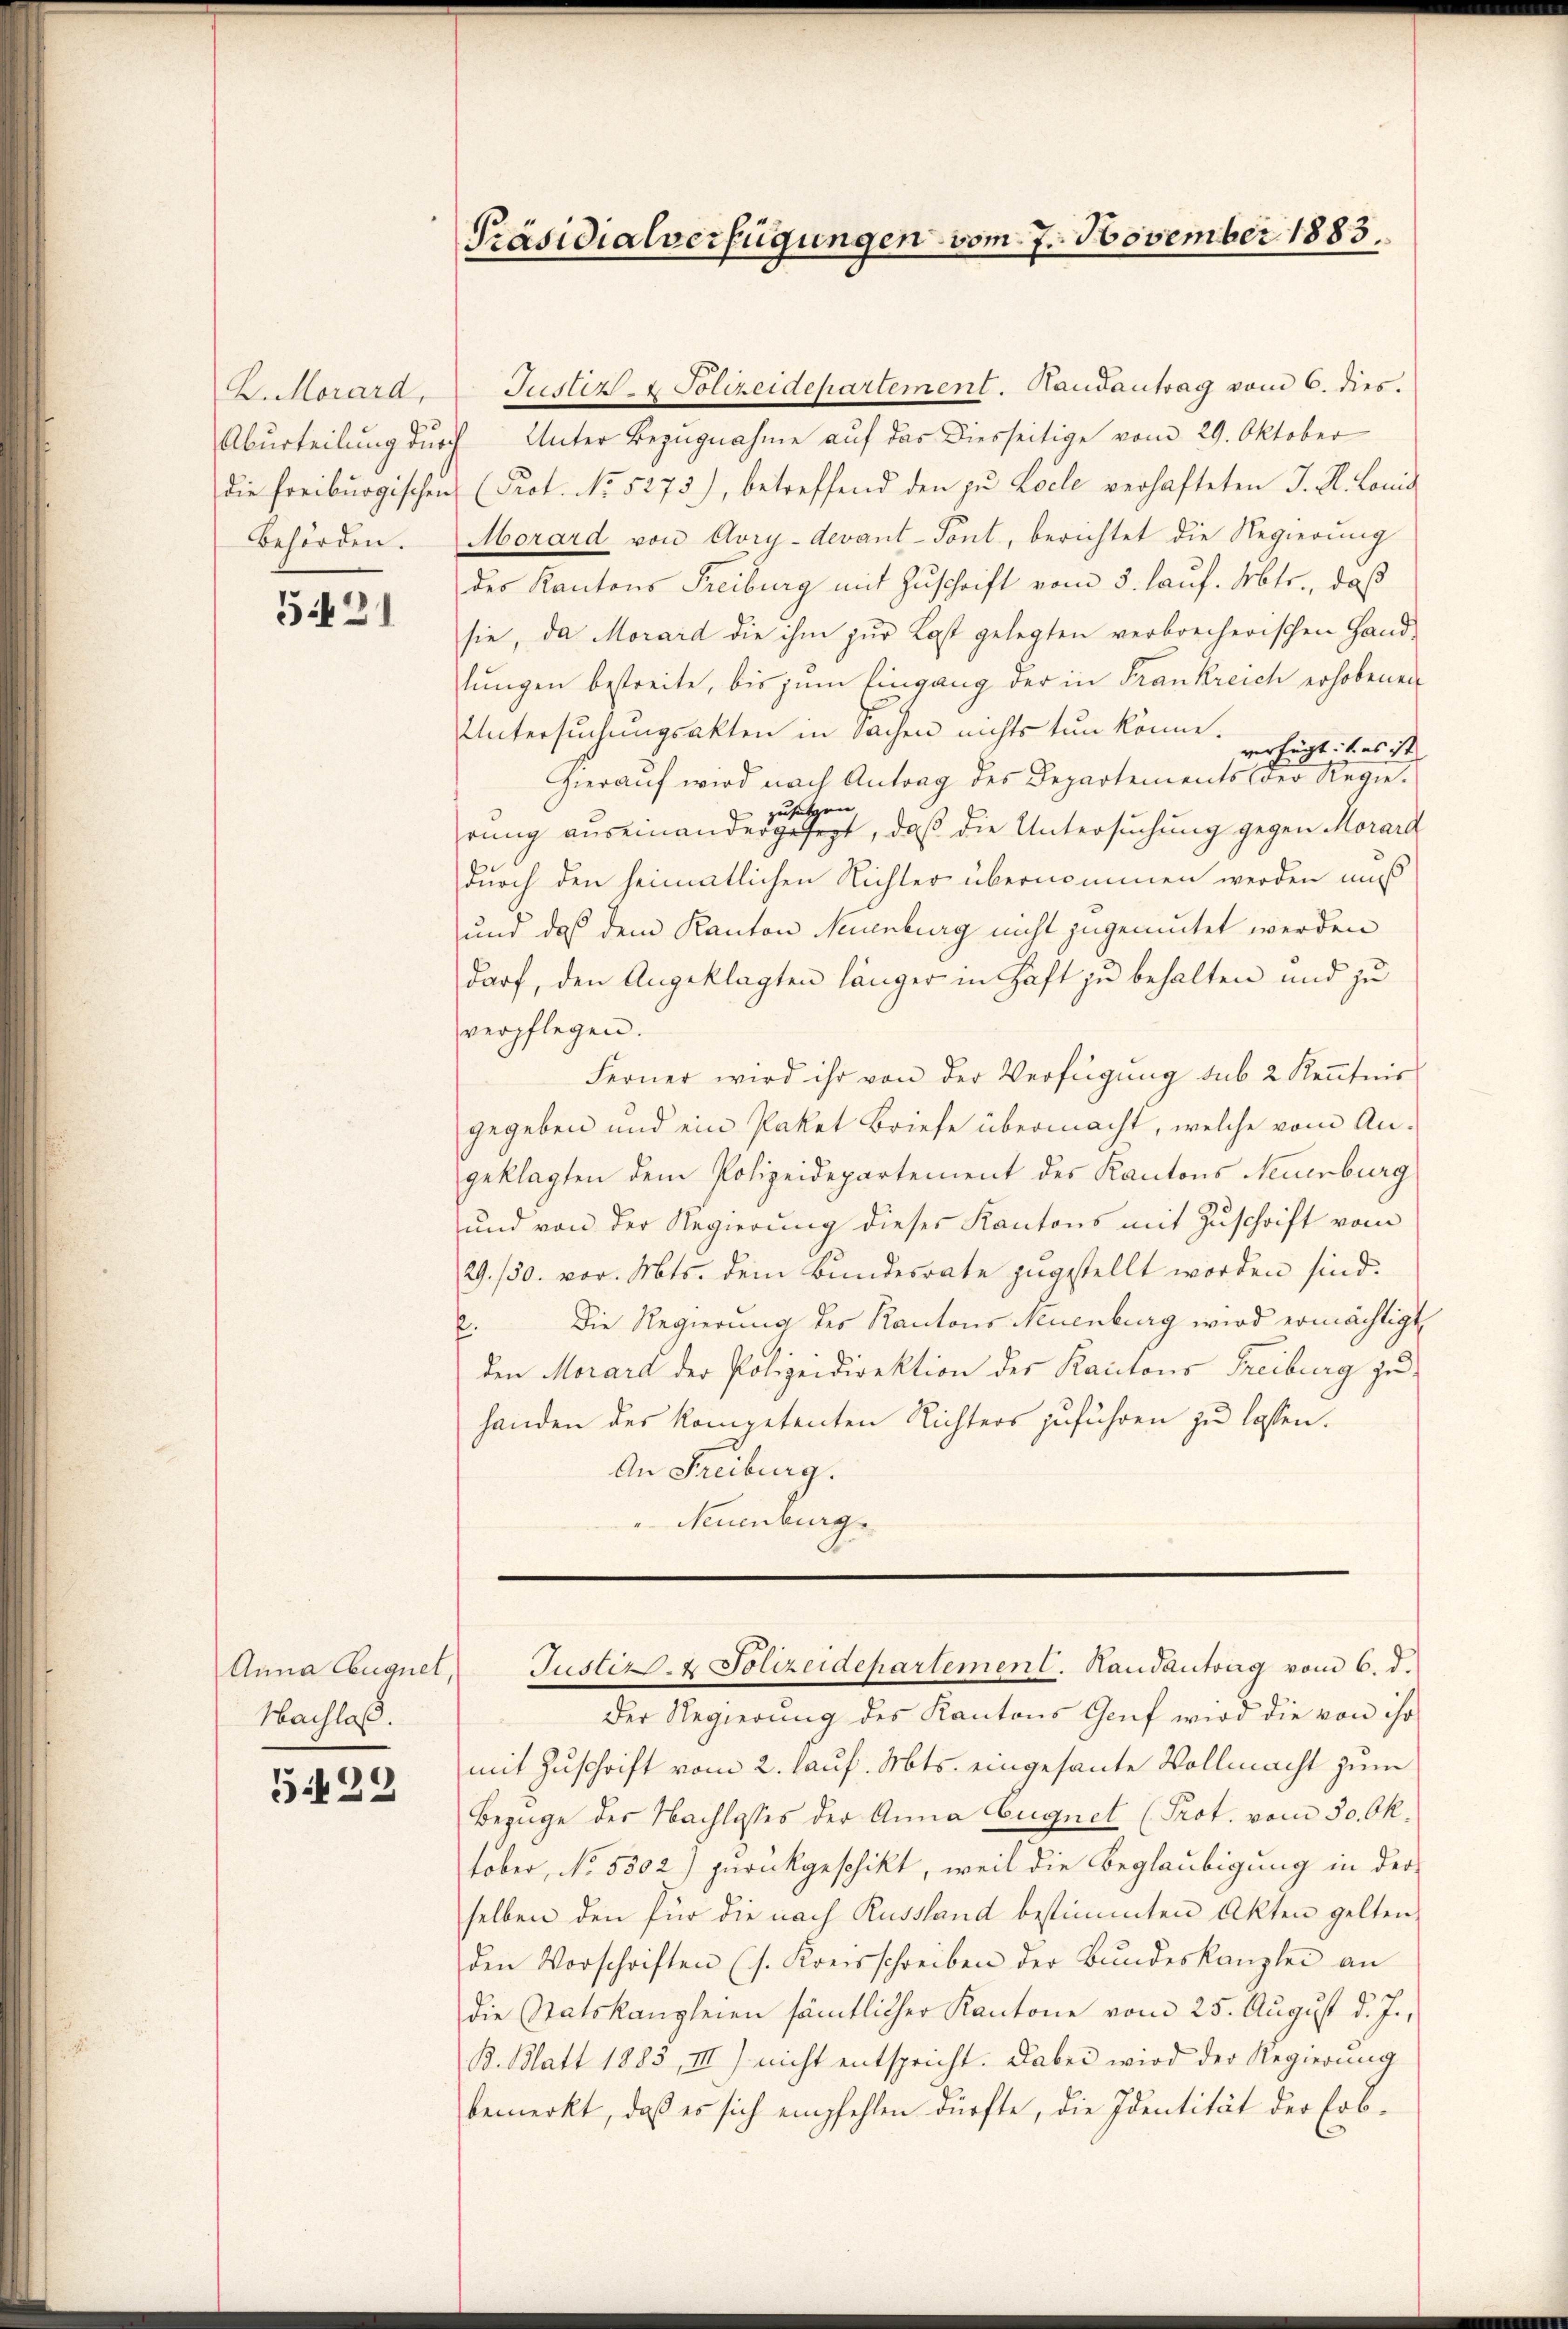
K. Morard,
Aburteilung durch
Behörden.

5421

Anna Cuquel,
Nachlaß.

529

Präsidialverfügungen vom 7. November 1883.

Justiz- & Polizeidepartement. Randantrag vom 6. dies.
Unter Bezugnahme auf das Diesseitige vom 29. Oktober
die freiburgischen (Prot. No. 5275), betreffend den zu Locle verhafteten J. H. Lond
Morard von Aory-devant-Tont, berichtet die Regierung
des Kantons Freiburg mit Zuschrift vom 3. lauf. Mts., daß
sie, da Morard die ihm zur Last gelegten verbrecherischen Hand-
lungen bestreite, bis zum Eingang der in Frankreich erhobenen
Untersuchungsakten in Sachen nichts tun könne.
verfügt: 1. es ist
Hierauf wird nach Antrag des Departements der Regieen
zu
rung auseinandergesezt, daß die Untersuchung gegen Morard
durch den heimatlichen Richter übernommen werden muß
und daß dem Kanton Neuenburg nicht zugemutet werden
darf, den Angeklagten länger in Haft zu behalten und zu
verpflegen.
Ferner wird ihr von der Verfügung sub 2 Kenntnis
gegeben und ein Paket Briefe übermacht, welche vom An-
geklagten dem Polizeidepartement des Kantons Neuenburg
und von der Regierung dieser Kantons mit Zuschrift vom
29./30. vor. Mts. dem Bundesrate zugestellt worden sind.
E. Die Regierung des Kantons Neuenburg wird ermächtigt
den Morard der Polizeidirektion der Kantons Freiburg zu
handen des kompetenten Richters zuführen zu lassen.
An Freiburg.
Neuenburg

Justiz- & Polizeidepartement. Handantrag vom 6. d.

Der Regierung des Kantons Genf wird die von ihr
mit Zuschrift vom 2. lauf. Mts. eingesante Vollmacht zum
Bezüge des Nachlasses der Anna Eugnet (Prot. vom 30. Oktober, No. 5302) zurückgeschikt, weil die Beglaubigung in der
selben den für die nach Russland bestimmten Akten gelten,
den Vorschriften (s. Kreisschreiben der Bŭndeskanzlei an
die Statskanzleien sämtlicher Kantone vom 25. August d. J.,
B. Blatt 1883, III) nicht entspricht. Dabei wird der Regierung
bemerkt, daß es sich empfehlen dürfte, die Identität der Erb¬